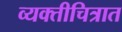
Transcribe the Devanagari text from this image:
व्यक्तीचित्रात